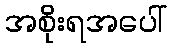
အစိုးရအပေါ်